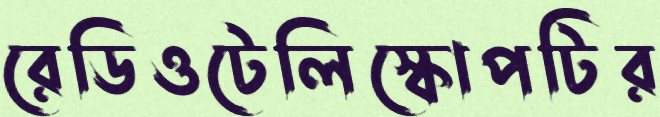
রেডিওটেলিস্কোপটির